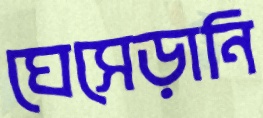
ঘেসেড়ানি